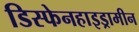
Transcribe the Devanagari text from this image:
डिस्फेनहाइड्रामीन